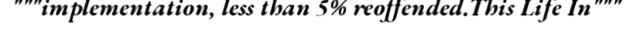
"""implementation, less than 5% reoffended.This Life In"""